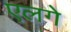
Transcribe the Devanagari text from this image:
एलगे